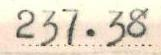
237.38